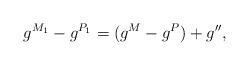
LaTeX: \begin{align*}g^{M_1}-g^{P_1}=(g^M-g^P)+g'',\end{align*}